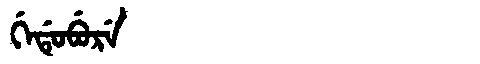
Manchu: ᡤᡝᡩᡠᠪᡠᡵᡝ
Romanization: GEDUBURE